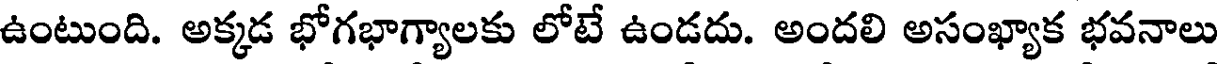
ఉంటుంది. అక్కడ భోగభాగ్యాలకు లోటే ఉండదు. అందలి అసంఖ్యాక భవనాలు